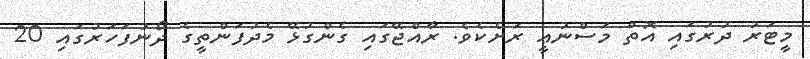
މީޓަރު ދުރުގައި އޮތް މަސްނުޢީ ރަށެކެވެ. ރާއްޖޭގައި ގެންގުޅޭ މެދުފަންތީގެ ދޯނުފަހަރުގައި 20